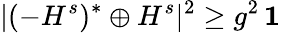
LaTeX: |(-H^{s})^{*}\oplus H^{s}|^{2}\geq g^{2}\, {\mathbf 1}